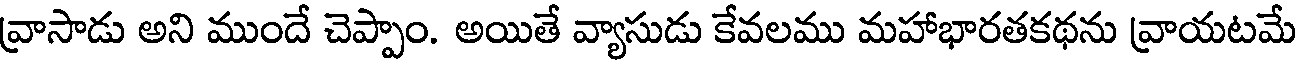
వ్రాసాడు అని ముందే చెప్పాం. అయితే వ్యాసుడు కేవలము మహాభారతకథను వ్రాయటమే